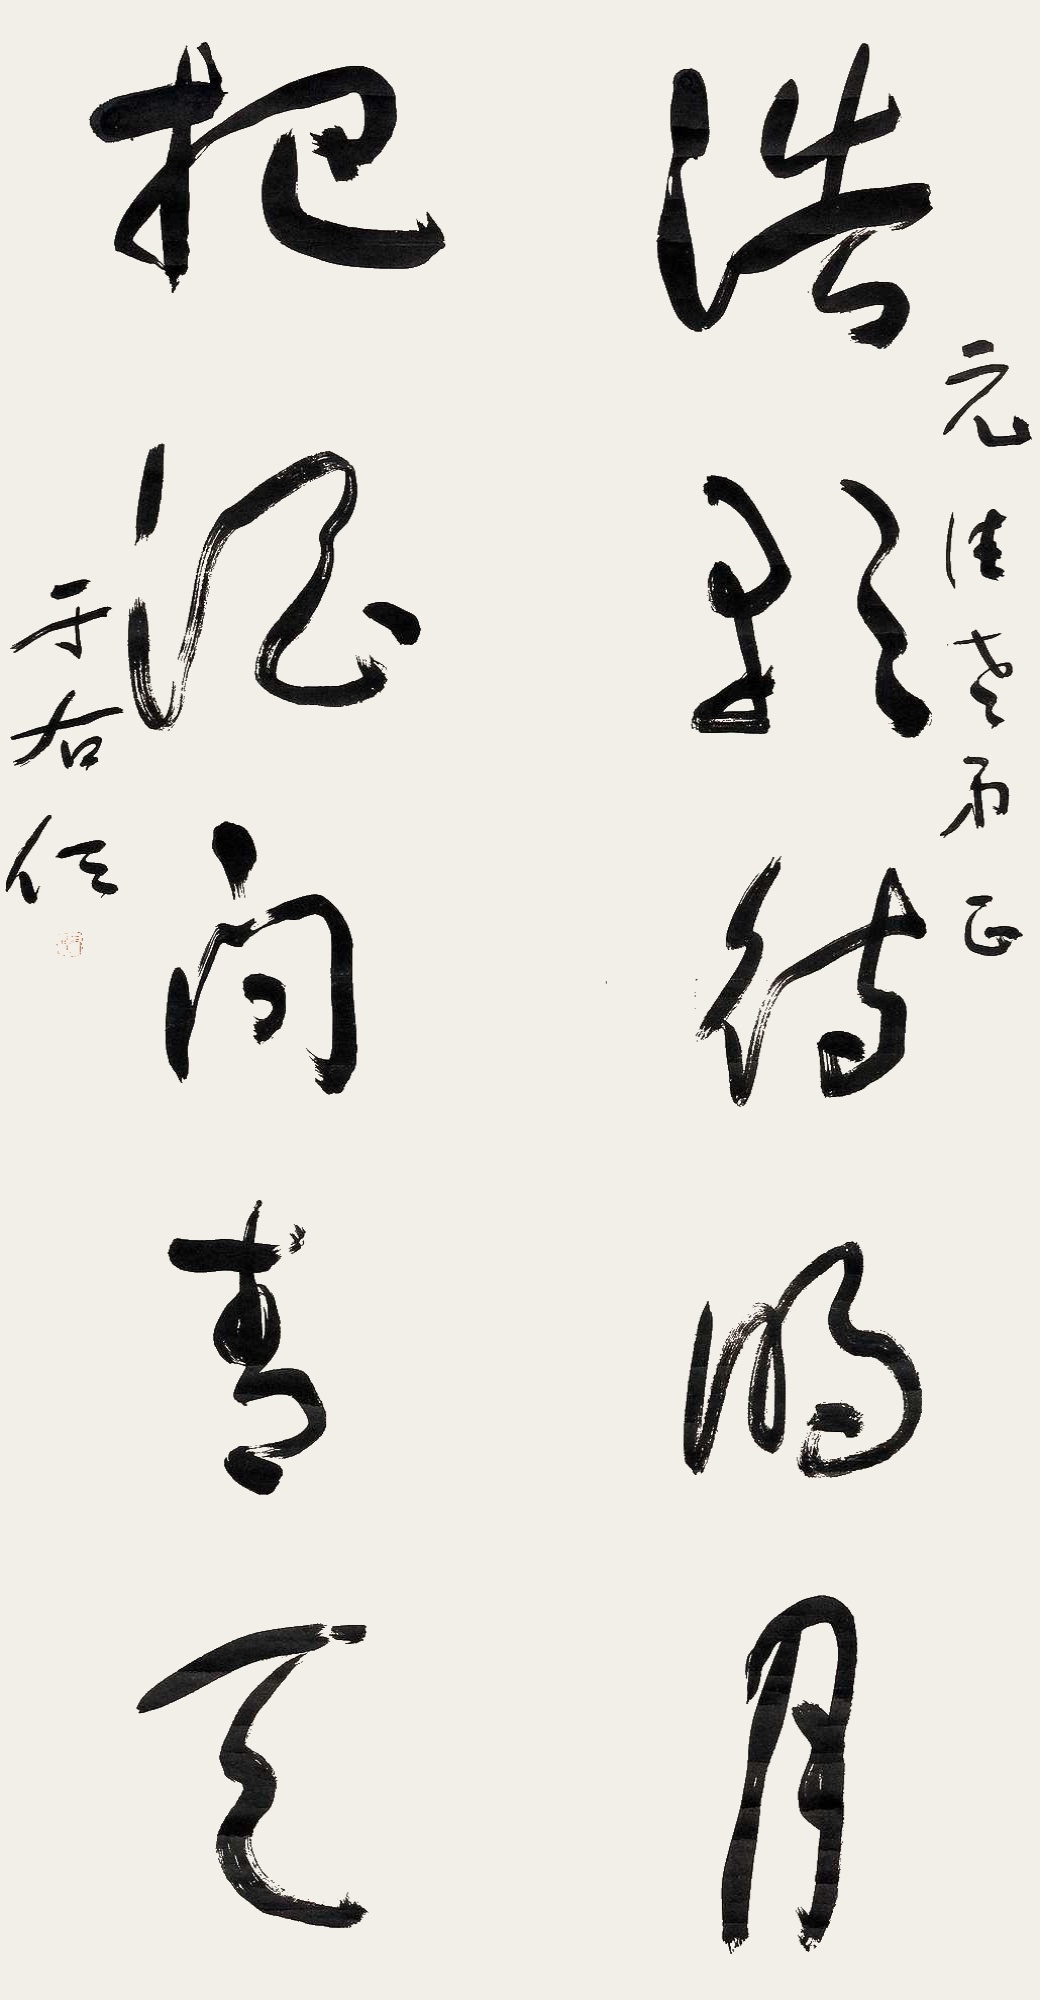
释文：浩影待明月，把酒问青天。元佳老弟正，于右任。